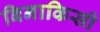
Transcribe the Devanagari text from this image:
बिनाकिसी